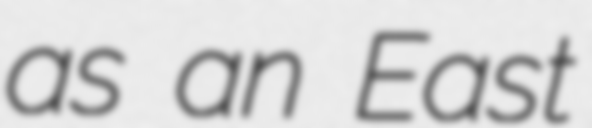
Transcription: as an East